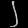
Digit: ၂